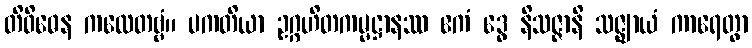
တိဝိဓေန ကထေတဗ္ဗံ။ ပကတိယာ ဥဂ္ဂဟိတကမ္မဋ္ဌာနဿ ဧကံ ဒွေ နိသဇ္ဇာနိ သဇ္ဈာယံ ကာရေတွာ